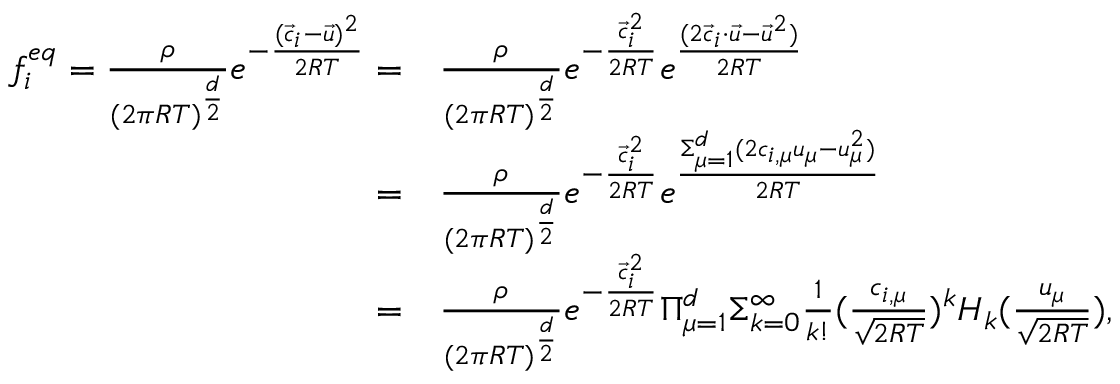
\begin{array} { r l } { f _ { i } ^ { e q } = \frac { \rho } { ( 2 \pi R T ) ^ { \frac { d } { 2 } } } e ^ { - \frac { ( \Vec { c } _ { i } - \Vec { u } ) ^ { 2 } } { 2 R T } } = } & { \frac { \rho } { ( 2 \pi R T ) ^ { \frac { d } { 2 } } } e ^ { - \frac { \Vec { c } _ { i } ^ { 2 } } { 2 R T } } e ^ { \frac { ( 2 \Vec { c } _ { i } \cdot \Vec { u } - \Vec { u } ^ { 2 } ) } { 2 R T } } } \\ { = } & { \frac { \rho } { ( 2 \pi R T ) ^ { \frac { d } { 2 } } } e ^ { - \frac { \Vec { c } _ { i } ^ { 2 } } { 2 R T } } e ^ { \frac { \Sigma _ { \mu = 1 } ^ { d } ( 2 c _ { i , \mu } u _ { \mu } - { u } _ { \mu } ^ { 2 } ) } { 2 R T } } } \\ { = } & { \frac { \rho } { ( 2 \pi R T ) ^ { \frac { d } { 2 } } } e ^ { - \frac { \Vec { c } _ { i } ^ { 2 } } { 2 R T } } \Pi _ { \mu = 1 } ^ { d } \Sigma _ { k = 0 } ^ { \infty } \frac { 1 } { k ! } ( \frac { c _ { i , \mu } } { \sqrt { 2 R T } } ) ^ { k } H _ { k } ( \frac { u _ { \mu } } { \sqrt { 2 R T } } ) , } \end{array}